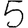
Digit: 5